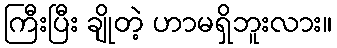
ကြီးပြီး ချိုတဲ့ ဟာမရှိဘူးလား။